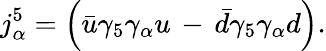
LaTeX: j_{\alpha}^{5}=\left(\bar{u}\gamma_{5}\gamma_{\alpha}u\, -\, \bar{d}\gamma_{5}\gamma_{\alpha}d\right).